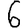
Digit: 6